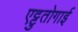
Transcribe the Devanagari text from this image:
एट्टुतोगाई